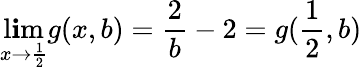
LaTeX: \operatorname*{l\mathbf{i}m}_{x\to\frac{{1}}{{2}}}g(x,b)=\frac{{2}}{{b}}-2=g(\frac{{1}}{{2}},b)